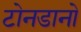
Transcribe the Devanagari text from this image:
टोनडानो